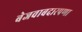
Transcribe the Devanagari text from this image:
बेजवाबदारपणा